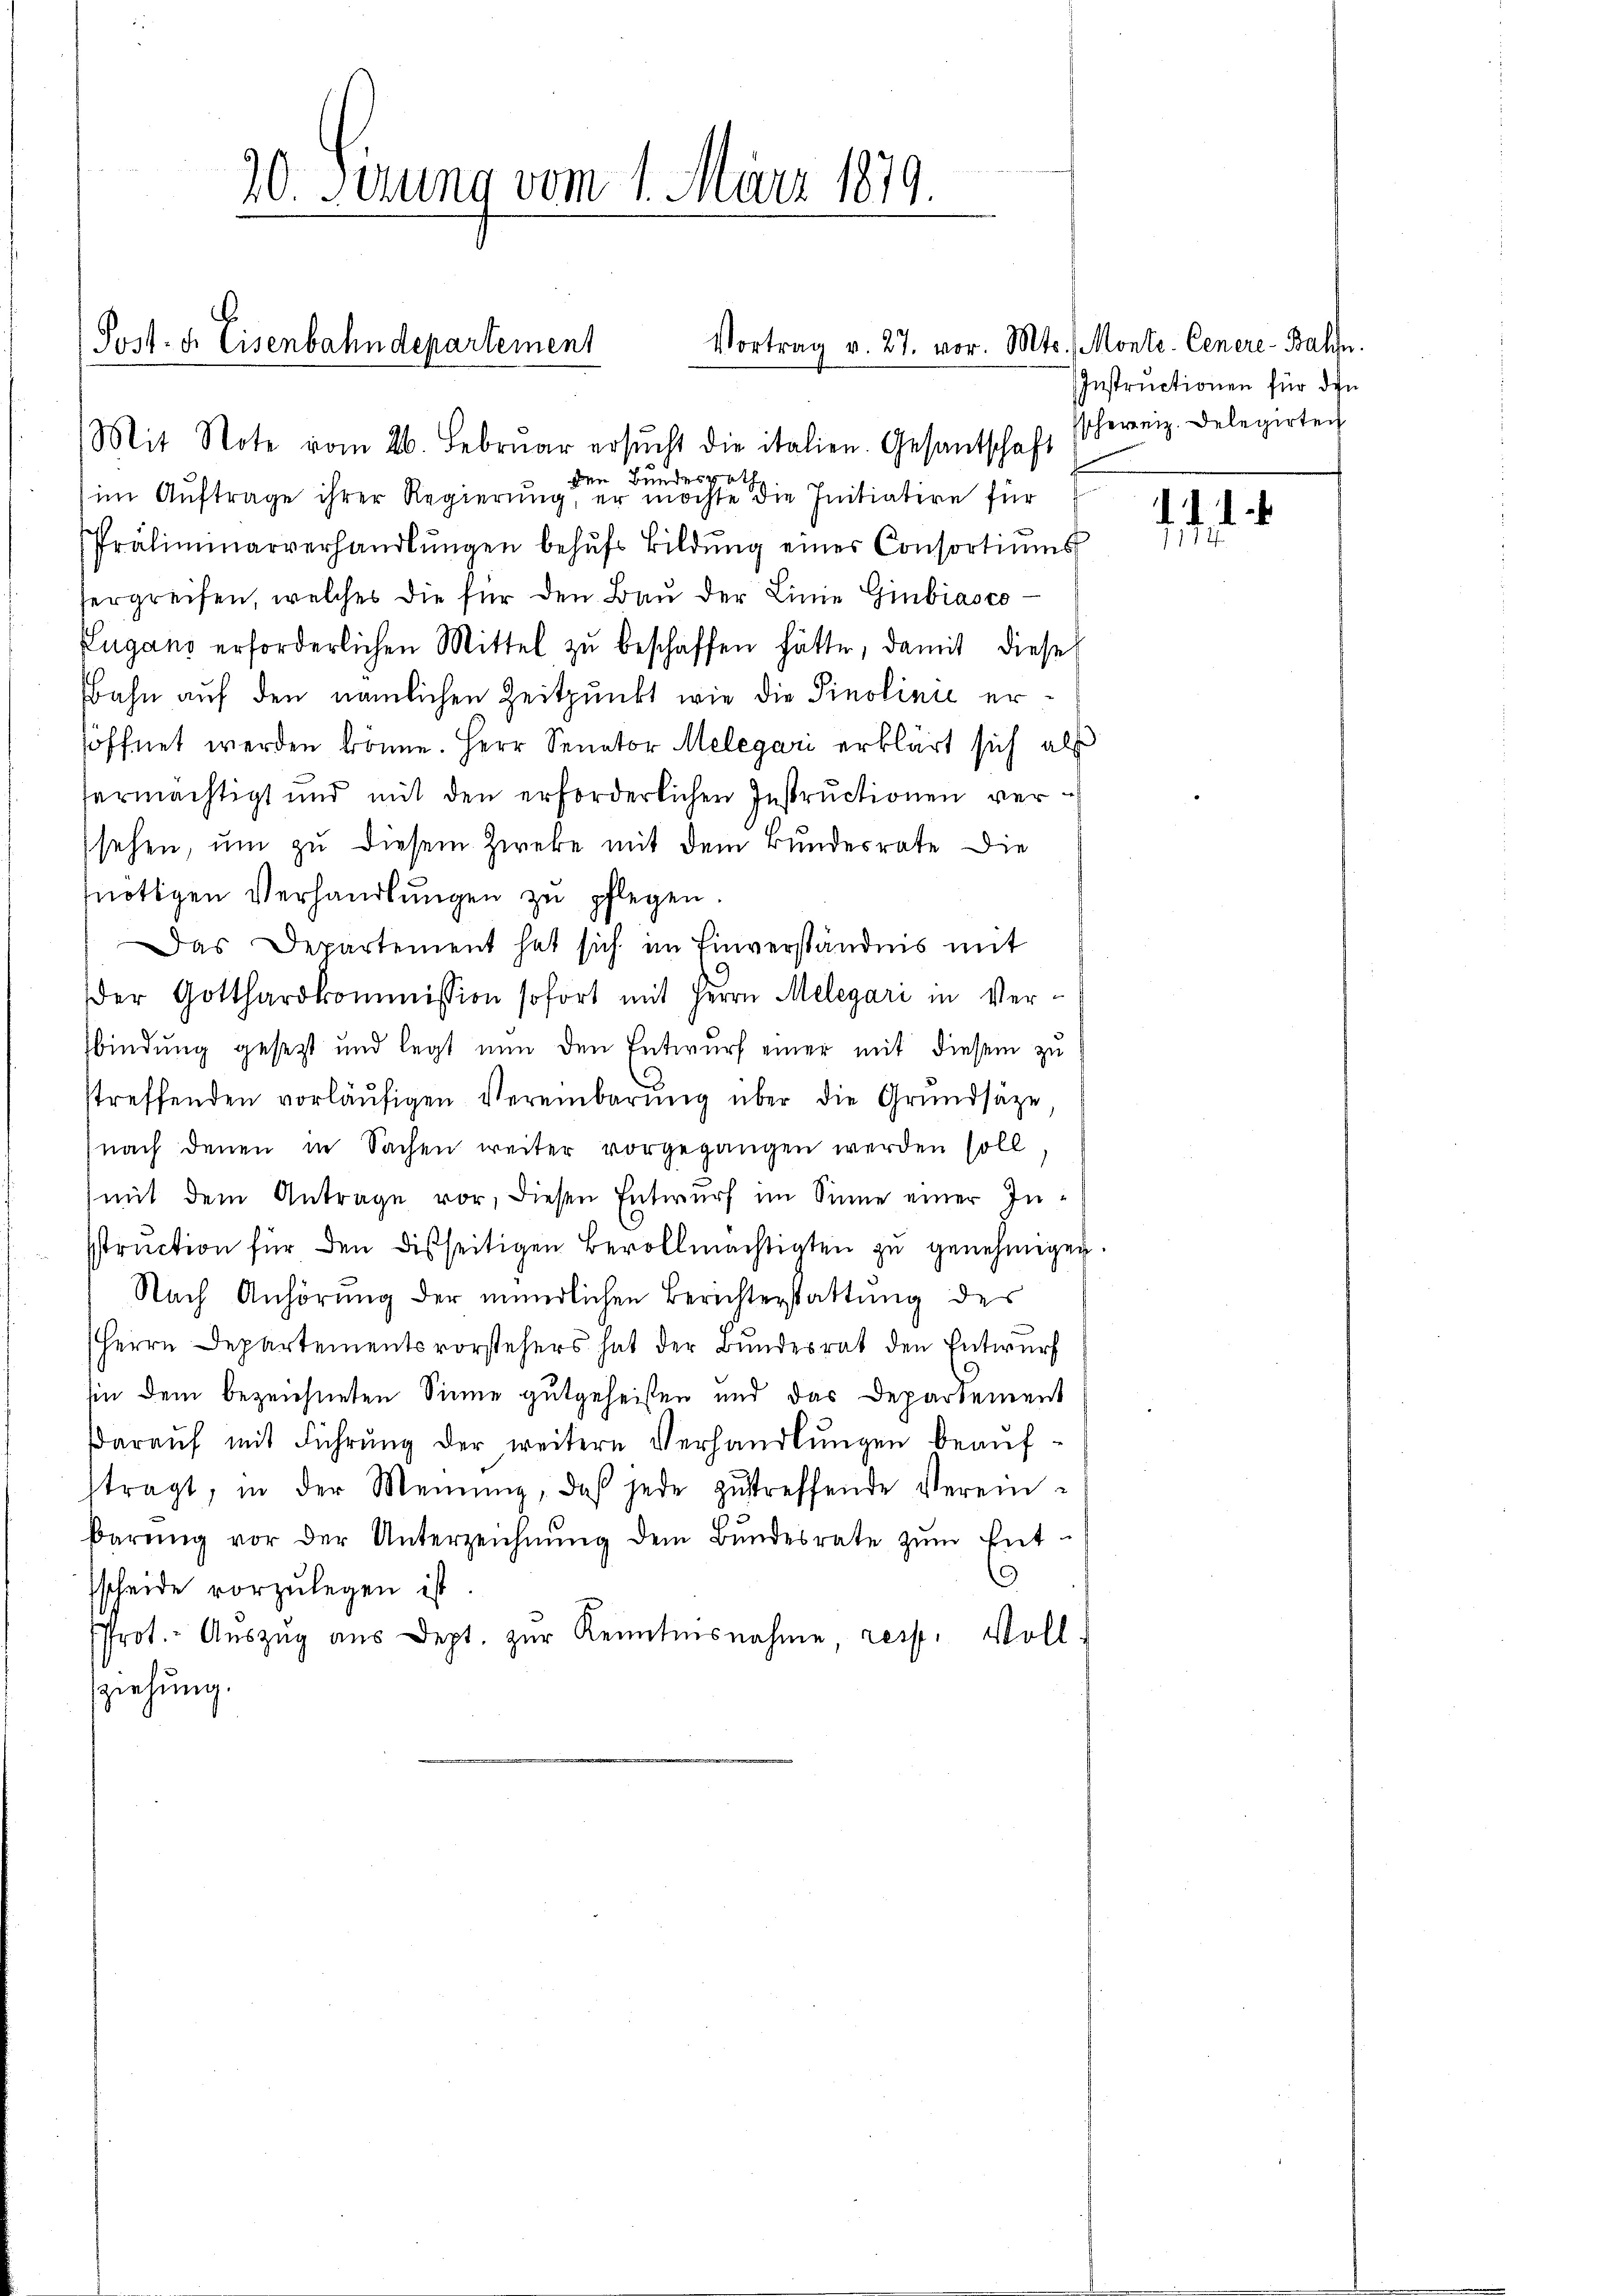
.

20. Setzung vom 1. März 1879.

Vortrag v. 27. vor. Mts. Monte- Genere-Bahn.
Post- u. Eisenbahndepartement

Mit Note vom 26. Febrŭar ersŭcht die italien. Gesantschaft schweiz. Delegirten
den Bundesrath
im Auftrage ihrer Regierung, er möchte die Initiation für
Präliminarverhandlŭngen behŭfs Bildŭng einer Consortiums
sergreifen, welches die für den Bau der Linie Ginbiasco
Lugans erforderlichen Mittel zŭ beschaffen hätte, damit diese
Bahn auf den nämlichen Zeitpunkt wie die Pinolinić eröffnet werden könne. Herr Senator Melegari erklärt sich als
fermächtigt und mit den erforderlichen Instructionen versehen, um zu diesem Zweke mit dem Bundesrate die
nötigen Verhandlungen zu pflegen.
Das Departement hat sich im Einverständnis mit
Der Gotthardkommission sofort mit Herrn Melegari in Verfbindung gesetzt und legt nun den Entwurf einer mit diesem zu
streffenden vorläŭfigen Vereinbarŭng über die Grŭndsaze
nach denen in Sachen weiter vorgegangen werden soll
(mit dem Antrage vor, diesen Entwurf im Sinne einer Instruction für den disseitigen Bevollmächtigten zŭ genehmigen.
Nach Anhörung der mündlichen Berichterstattung des
Herrn Departementsvorstehers hat der Bundesrat den Entwurf
hin dem bezeichneten Sinne gutgeheißen und das Departement
darauf mit Führŭng der weitere Verhandlungen beaufftragt, in der Meinŭng, daß jede zŭtreffende Verein-
barŭng vor der Unterzeichnŭng dem Bŭndesrate zŭm Ent-
E
scheide vorzulegen ist
Prot. Aŭszŭg aŭs dept. zŭr Kenntnisnahme, resp. Voll-
ziehung.

Instructionen für den

141.
1